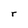
Character: r